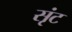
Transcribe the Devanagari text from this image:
सृंट